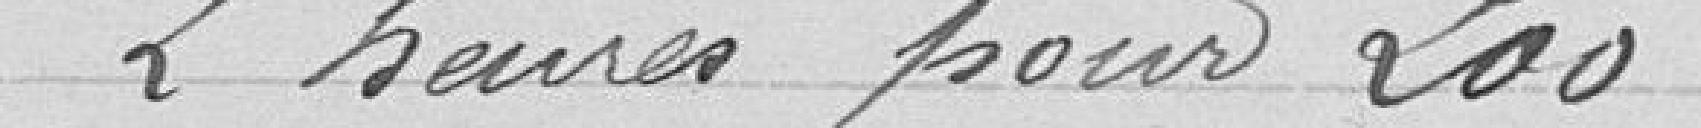
2 heures pour 200